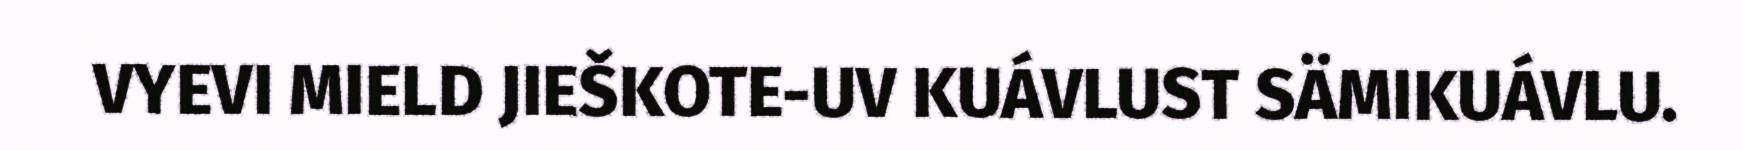
VYEVI MIELD JIEŠKOTE-UV KUÁVLUST SÄMIKUÁVLU.